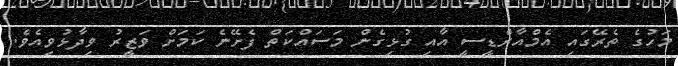
މަހުގެ ތެރޭގައި އެމްއާރްޑީސީ އާއި ގުޅިގެން މަސައްކަތް ފެށޭނެ ކަމަށް ވަޒީރު ވިދާޅުވިއެވެ.